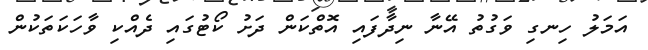
އަމަލު ހިނގި ވަގުތު އޭނާ ނިދާފައި އޮތްކަން ދަށު ކޯޓުގައި ދެއްކި ވާހަކަތަކުން